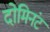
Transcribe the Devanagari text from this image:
दोमिनंट